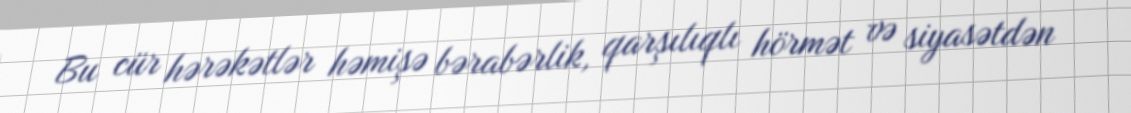
Bu cür hərəkətlər həmişə bərabərlik, qarşılıqlı hörmət və siyasətdən